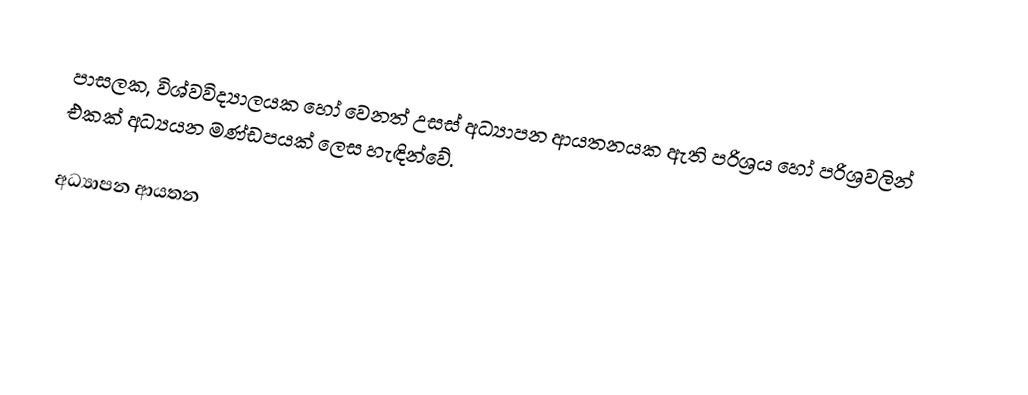
පාසලක, විශ්වවිද්‍යාලයක හෝ වෙනත් උසස් අධ්‍යාපන ආයතනයක ඇති පරිශ්‍රය හෝ පරිශ්‍රවලින් එකක් අධ්‍යයන මණ්ඩපයක් ලෙස හැඳින්වේ.

අධ්‍යාපන ආයතන